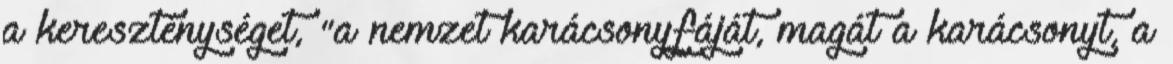
a kereszténységet, "a nemzet karácsonyfáját, magát a karácsonyt, a